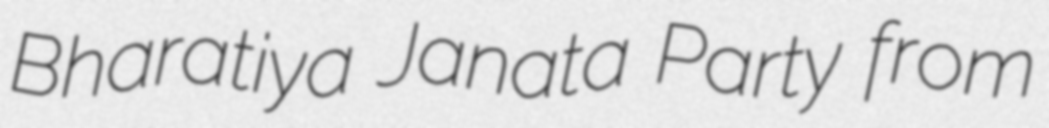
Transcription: Bharatiya Janata Party from